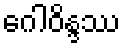
ဂေါဝိန္ဒဿ